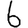
Digit: 6